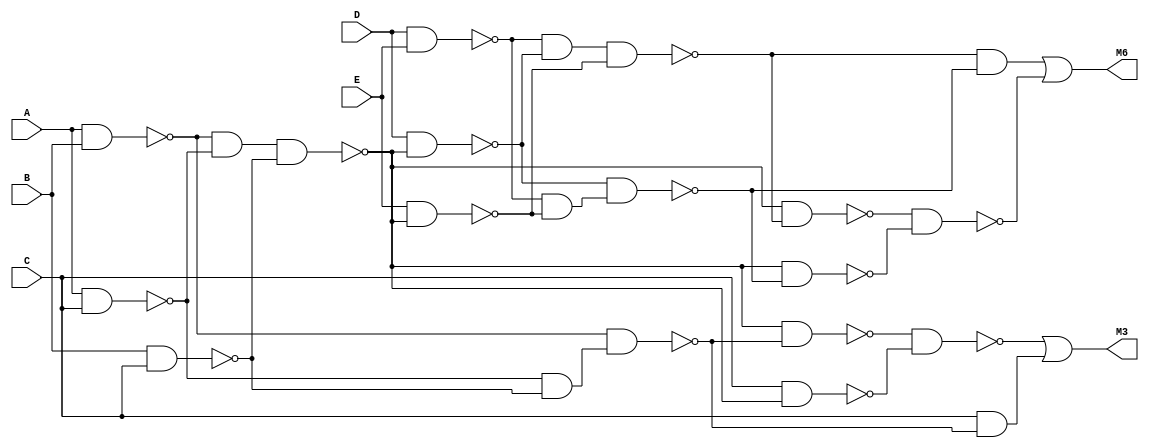
// Benchmark "top" written by ABC on Fri Sep  4 10:02:12 2020

module top (
    A, B, C, D, E,
    M3, M6  );
  input  A, B, C, D, E;
  output M3, M6;
  wire new_n8_, new_n9_, new_n10_, new_n11_, new_n12_, new_n13_, new_n14_,
    new_n15_, new_n16_, new_n17_, new_n18_, new_n20_, new_n21_, new_n22_,
    new_n23_, new_n24_, new_n25_, new_n26_, new_n27_, new_n28_, new_n29_,
    new_n30_;
  assign new_n8_ = A & B;
  assign new_n9_ = A & C;
  assign new_n10_ = ~new_n8_ & ~new_n9_;
  assign new_n11_ = B & C;
  assign new_n12_ = new_n10_ & ~new_n11_;
  assign new_n13_ = ~new_n9_ & ~new_n11_;
  assign new_n14_ = ~new_n8_ & new_n13_;
  assign new_n15_ = ~new_n12_ & ~new_n14_;
  assign new_n16_ = C & ~new_n12_;
  assign new_n17_ = ~new_n15_ & ~new_n16_;
  assign new_n18_ = C & ~new_n14_;
  assign M3 = ~new_n17_ | new_n18_;
  assign new_n20_ = D & E;
  assign new_n21_ = D & ~new_n12_;
  assign new_n22_ = ~new_n20_ & ~new_n21_;
  assign new_n23_ = E & ~new_n12_;
  assign new_n24_ = new_n22_ & ~new_n23_;
  assign new_n25_ = ~new_n20_ & ~new_n23_;
  assign new_n26_ = ~new_n21_ & new_n25_;
  assign new_n27_ = ~new_n24_ & ~new_n26_;
  assign new_n28_ = ~new_n12_ & ~new_n24_;
  assign new_n29_ = ~new_n12_ & ~new_n26_;
  assign new_n30_ = ~new_n28_ & ~new_n29_;
  assign M6 = new_n27_ | ~new_n30_;
endmodule